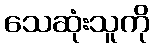
သေဆုံးသူကို